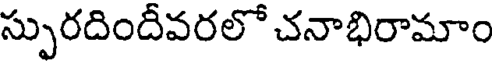
స్పురదిందీవరలో చనాభిరామాం